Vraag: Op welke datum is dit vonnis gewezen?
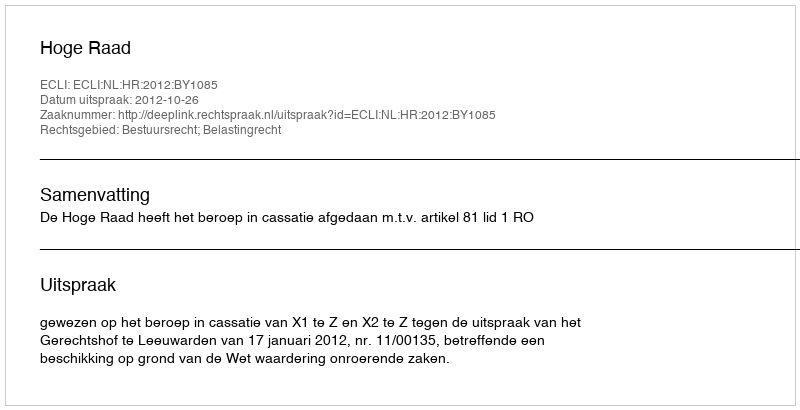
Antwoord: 2012-10-26